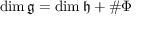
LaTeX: \dim { \mathfrak { g } } = \dim { \mathfrak { h } } + \# \Phi